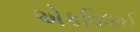
એકવિધાઈ